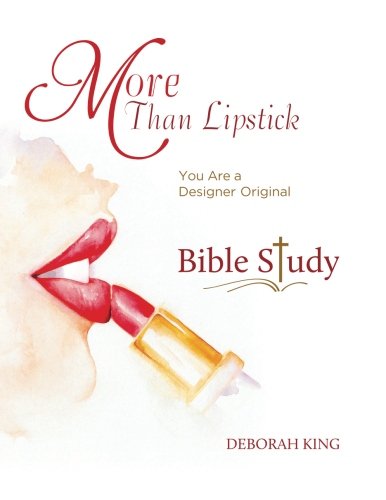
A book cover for More Than Lipstick Bible Study: You Are A Designer Original; Deborah King; Self-Help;